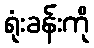
ရုံးခန်းကို